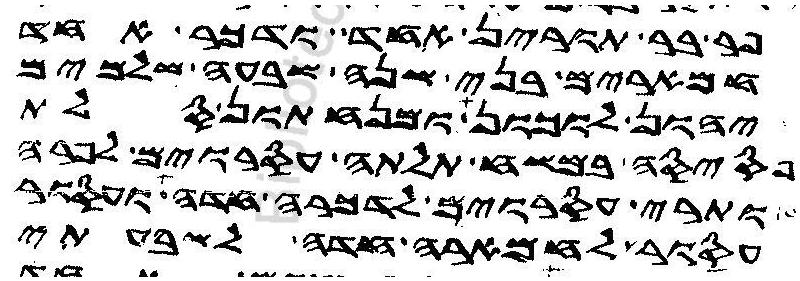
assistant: פר בר תורין אחד ודכר אחד
חמארים בני שנה שבעה שלמים
יהון לוכון ומנחתון סלת
פסיסה במשח תלתה עסורים לפרה
ותרי עסורים לדכרה חדה ועסור
עסור לחמארה חדה לשבעתי